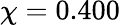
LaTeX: \chi=0.400